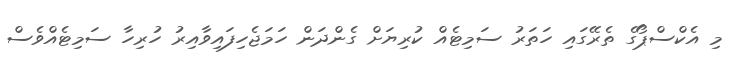
މި އެކްސްޕޯގެ ތެރޭގައި ހަތަރު ސަމިޓެއް ކުރިޔަށް ގެންދަން ހަމަޖެހިފައިވާއިރު ހުރިހާ ސަމިޓެއްވެސް